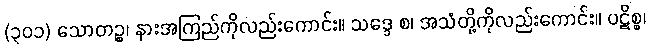
(၃၀၁) သောတဉ္စ၊ နားအကြည်ကိုလည်းကောင်း။ သဒ္ဒေ စ၊ အသံတို့ကိုလည်းကောင်း။ ပဋိစ္စ၊